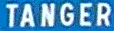
TANGER